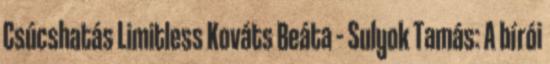
Csúcshatás Limitless Kováts Beáta ­­– Sulyok Tamás: A bírói